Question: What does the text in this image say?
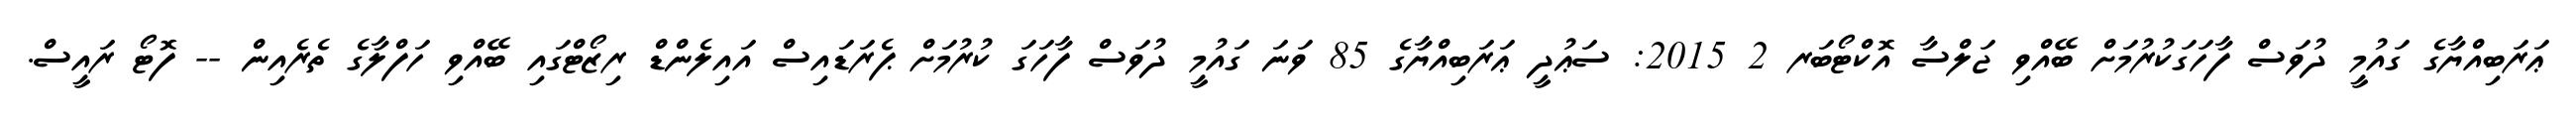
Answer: ޢަރަބިއްޔާގެ ގައުމީ ދުވަސް ފާހަގަކުރުމަށް ބޭއްވި ޖަލްސާ އޮކްޓޯބަރ 2 2015: ސަޢުދީ ޢަރަބިއްޔާގެ 85 ވަނަ ގައުމީ ދުވަސް ފާހަގަ ކުރުމަށް ޕެރަޑައިސް އައިލެންޑް ރިޒޯޓްގައި ބޭއްވި ހަފްލާގެ ތެރެއިން -- ފޮޓޯ ރައީސް.